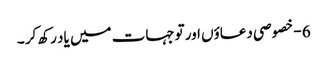
6 - خصوصی دعاؤں اور توجہات میں یاد رکھ کر ۔